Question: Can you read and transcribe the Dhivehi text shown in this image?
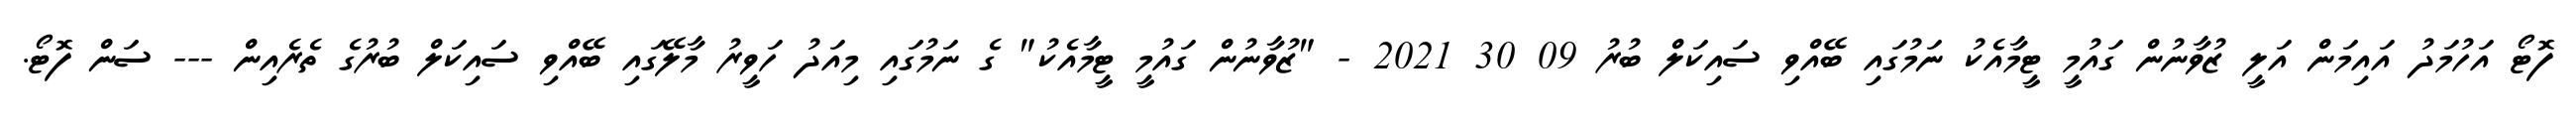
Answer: ފޮޓޯ އަހުމަދު އައިމަން އަލީ ޒުވާނުން ގައުމީ ޓީމާއެކު ނަމުގައި ބޭއްވި ސައިކަލް ބުރު 09 30 2021 - "ޒުވާނުން ގައުމީ ޓީމާއެކު" ގެ ނަމުގައި މިއަދު ހަވީރު މާލޭގައި ބޭއްވި ސައިކަލް ބުރުގެ ތެރެއިން --- ސަން ފޮޓޯ.